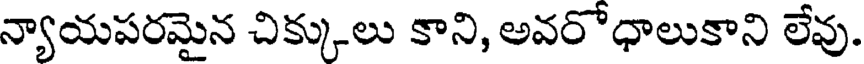
న్యాయపరమైన చిక్కులు కాని, అవరోధాలుకాని లేవు.